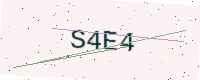
Text: S4E4